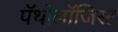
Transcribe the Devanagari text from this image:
पॅथोलॉजिस्ट